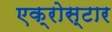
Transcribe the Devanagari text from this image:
एक्रोस्टार